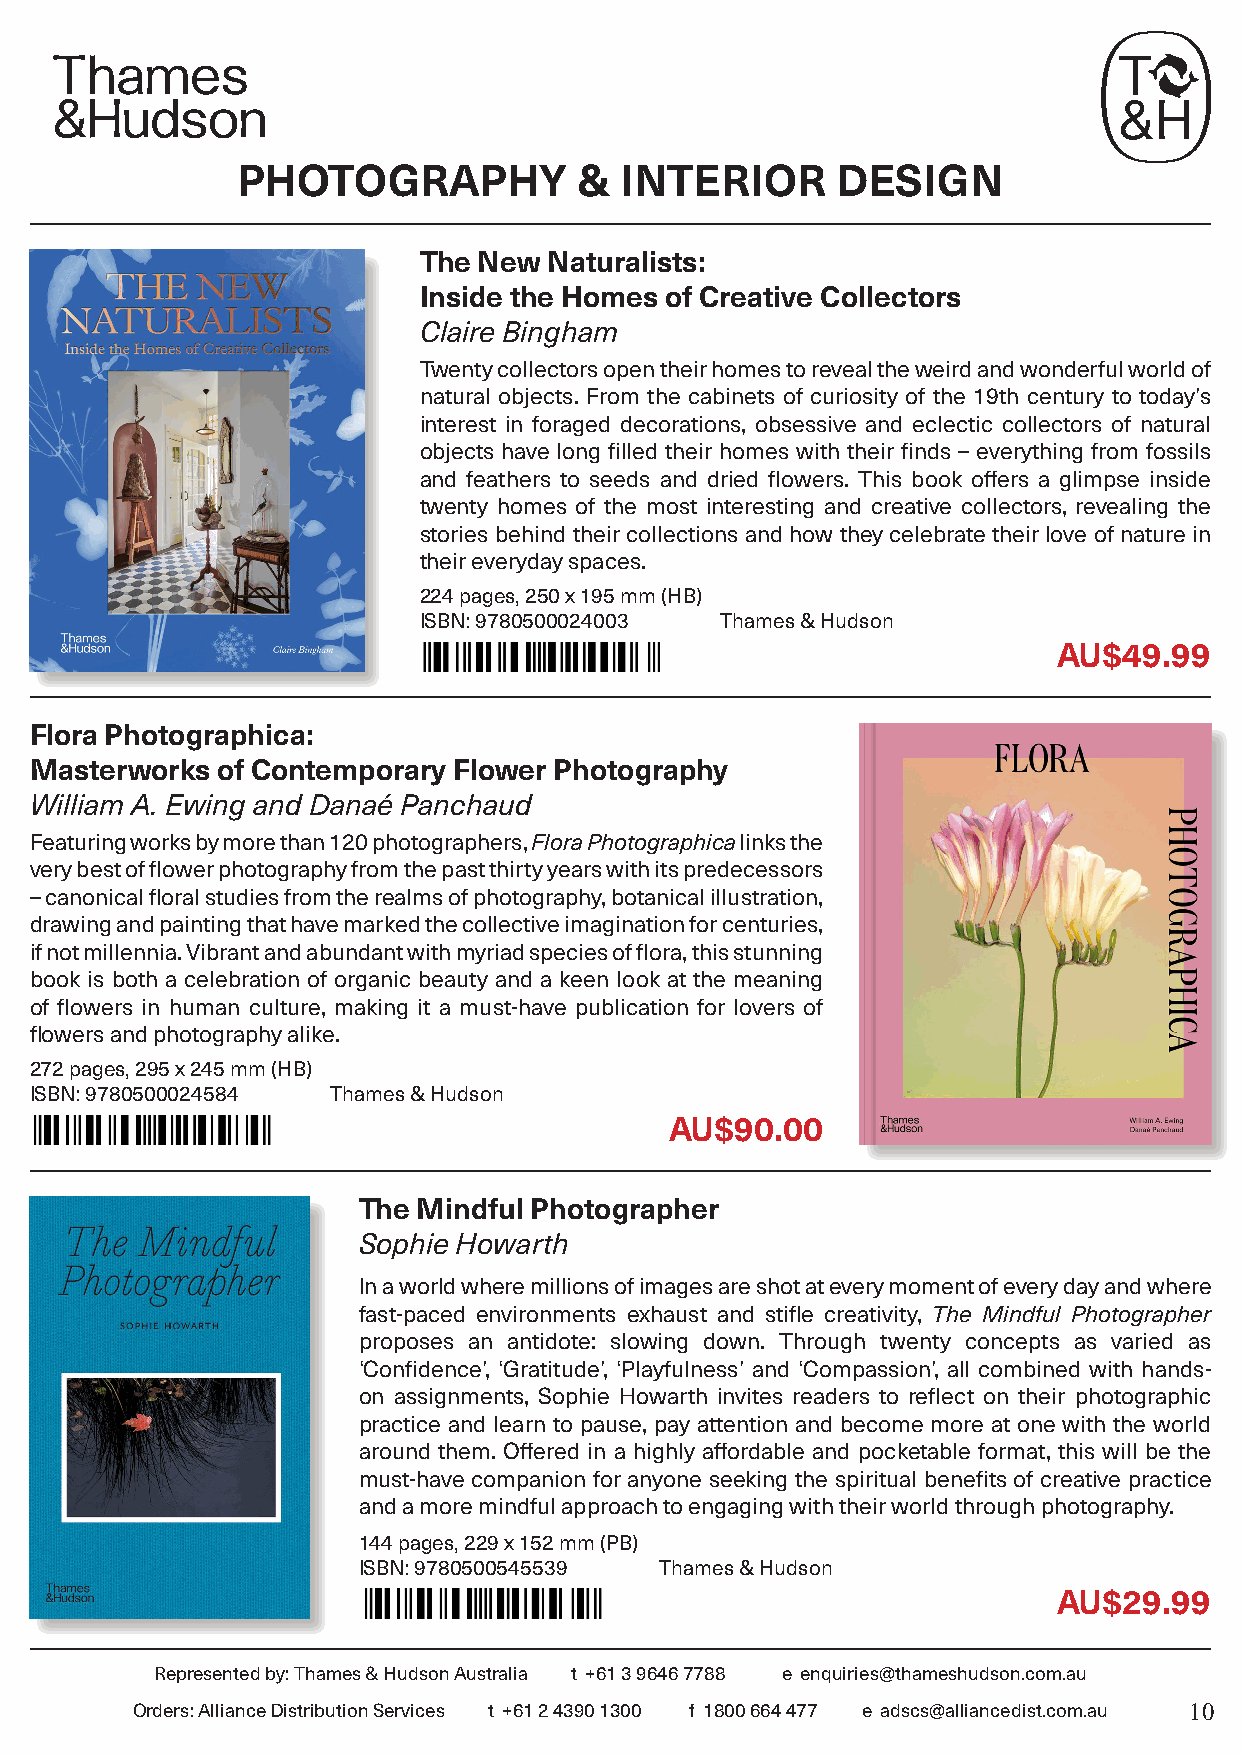
PHOTOGRAPHY           &  INTERIOR      DESIGN
 The New Naturalists:
 Inside the Homes of Creative Collectors
 Claire Bingham
 Twenty collectors open their homes to reveal the weird and wonderful world of
 natural objects. From the cabinets of curiosity of the 19th century to today’s
 interest in foraged decorations, obsessive and eclectic collectors of natural
 objects have long filled their homes with their finds – everything from fossils
 and feathers to seeds and dried flowers. This book offers a glimpse inside
 twenty homes of the most interesting and creative collectors, revealing the
 stories behind their collections and how they celebrate their love of nature in
 their everyday spaces.
 224 pages, 250 x 195 mm (HB)
 ISBN: 9780500024003 Thames & Hudson
 AU$49.99
 Flora Photographica:
 Masterworks of Contemporary Flower Photography
 William A. Ewing and Danaé Panchaud
 Featuring works by more than 120 photographers, Flora Photographica links the
 very best of flower photography from the past thirty years with its predecessors
 – canonical floral studies from the realms of photography, botanical illustration,
 drawing and painting that have marked the collective imagination for centuries,
 if not millennia. Vibrant and abundant with myriad species of flora, this stunning
 book is both a celebration of organic beauty and a keen look at the meaning
 of flowers in human culture, making it a must-have publication for lovers of
 flowers and photography alike.
 272 pages, 295 x 245 mm (HB)
 ISBN: 9780500024584 Thames & Hudson
 AU$90.00
 The Mindful Photographer
 Sophie Howarth
 In a world where millions of images are shot at every moment of every day and where
 fast-paced environments exhaust and stifle creativity, The Mindful Photographer
 proposes an antidote: slowing down. Through twenty concepts as varied as
 ‘Confidence’, ‘Gratitude’, ‘Playfulness’ and ‘Compassion’, all combined with hands-
 on assignments, Sophie Howarth invites readers to reflect on their photographic
 practice and learn to pause, pay attention and become more at one with the world
 around them. Offered in a highly affordable and pocketable format, this will be the
 must-have companion for anyone seeking the spiritual benefits of creative practice
 and a more mindful approach to engaging with their world through photography.
 144 pages, 229 x 152 mm (PB)
 ISBN: 9780500545539 Thames & Hudson
 AU$29.99
 Represented by: Thames & Hudson Australia t +61 3 9646 7788 e enquiries@thameshudson.com.au
 Orders: Alliance Distribution Services t +61 2 4390 1300 f 1800 664 477 e adscs@alliancedist.com.au 10